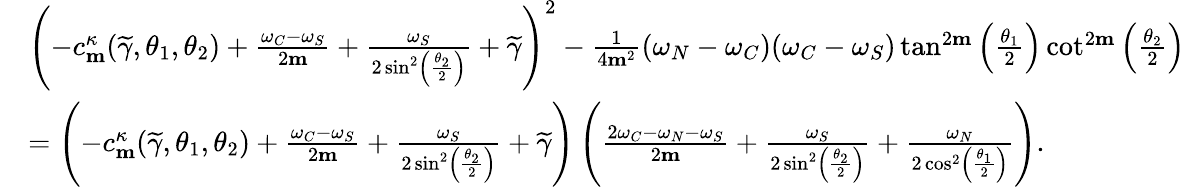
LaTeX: \begin{array}{rl}&{\left(-c_{\mathbf{m}}^{\kappa}(\widetilde{\gamma},\theta_{1},\theta_{2})+\frac{\omega_{C}-\omega_{S}}{2\mathbf{m}}+\frac{\omega_{S}}{2\sin^{2}\left(\frac{\theta_{2}}{2}\right)}+\widetilde{\gamma}\right)^{2}-\frac{1}{4\mathbf{m}^{2}}(\omega_{N}-\omega_{C})(\omega_{C}-\omega_{S})\tan^{2\mathbf{m}}\left(\frac{\theta_{1}}{2}\right)\cot^{2\mathbf{m}}\left(\frac{\theta_{2}}{2}\right)}\\ &{=\left(-c_{\mathbf{m}}^{\kappa}(\widetilde{\gamma},\theta_{1},\theta_{2})+\frac{\omega_{C}-\omega_{S}}{2\mathbf{m}}+\frac{\omega_{S}}{2\sin^{2}\left(\frac{\theta_{2}}{2}\right)}+\widetilde{\gamma}\right)\left(\frac{2\omega_{C}-\omega_{N}-\omega_{S}}{2\mathbf{m}}+\frac{\omega_{S}}{2\sin^{2}\left(\frac{\theta_{2}}{2}\right)}+\frac{\omega_{N}}{2\cos^{2}\left(\frac{\theta_{1}}{2}\right)}\right).}\end{array}